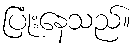
ပြုံးနေသည်။